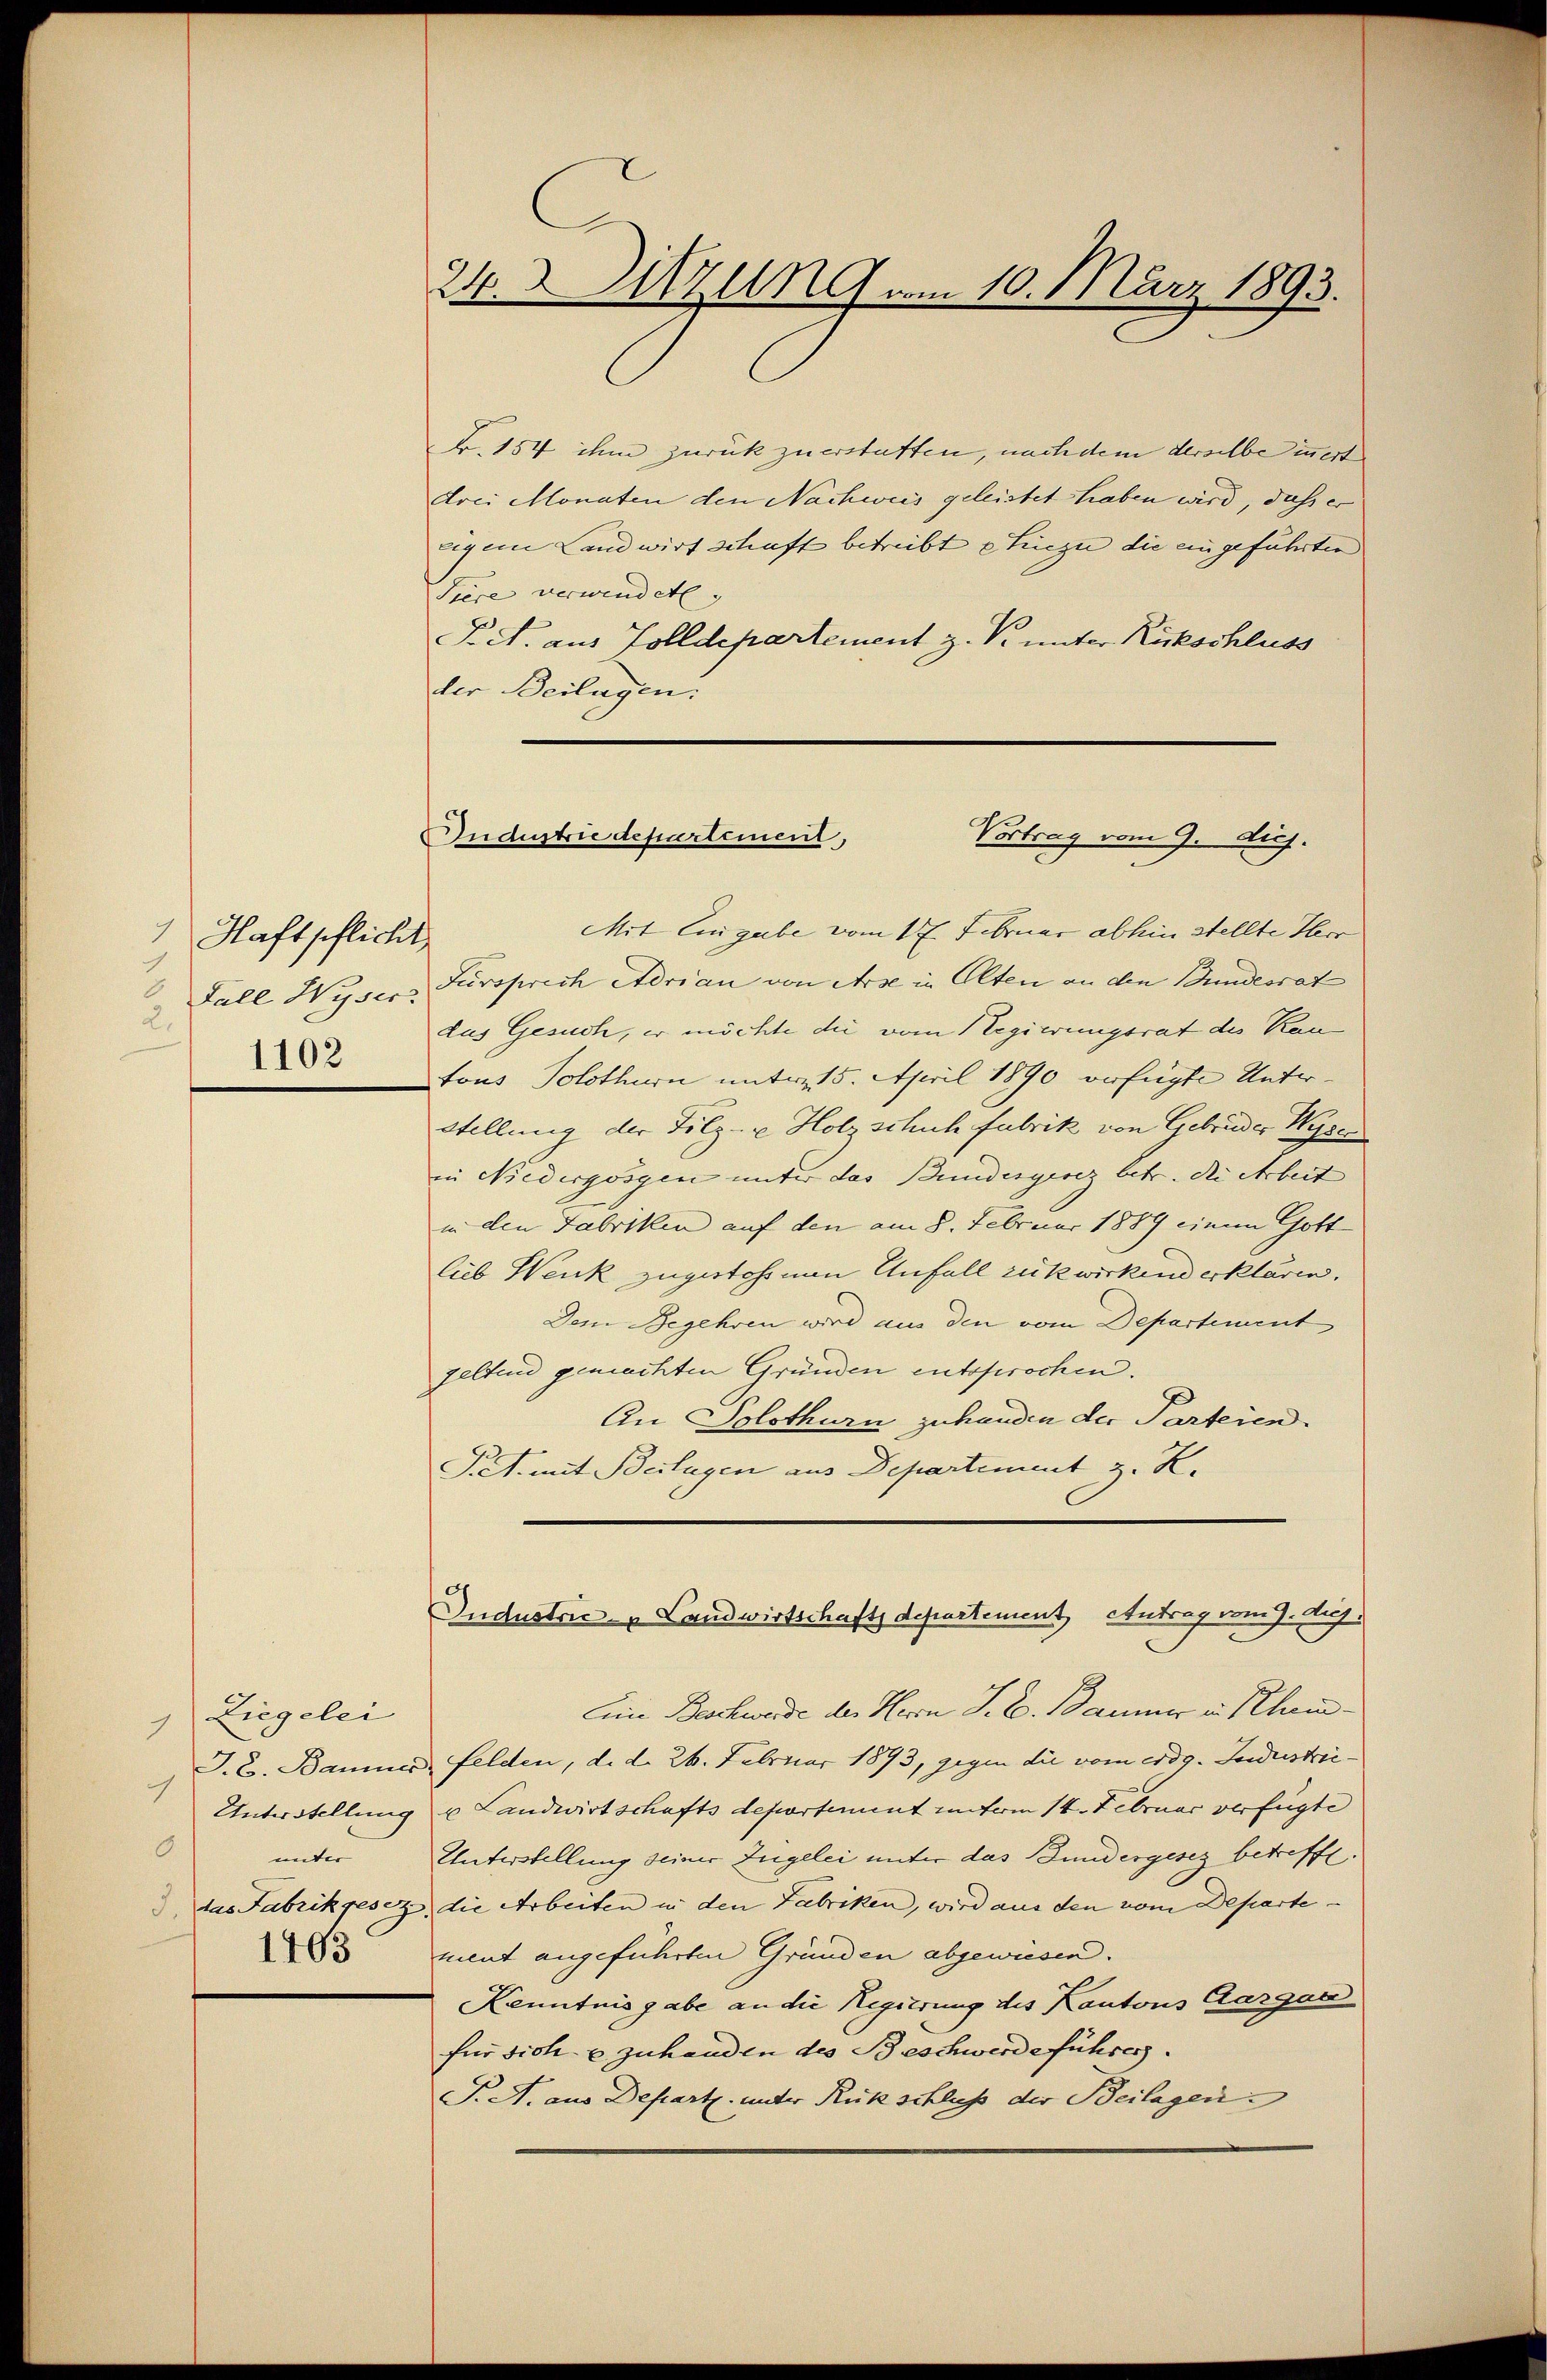
1 Haftpflicht
2.
1102

Ziegelei
1
0
unter
1403

24.2 Uzung am 10. März 1893.

k. 154 ihm zurück zuerstatten, nach dem derselbe innert
drei Monaten den Nachweis geleistet haben wird, daß er
igem Landwirt schaft betreibt hiezu die eingeführten
Tiere verwendet.
Pct. aus Zolldepartement z. Pr. unter Rückschluss
der Beilagen:

Industrie departement,
Vortrag vom 9. diej

Mit Eingabe vom 17. Februar abhin stellte Herr
Fall Wyser Fürsprech Adrian von Arse in Olten an den Bundesrat
dus Gesuch, er möchte die vom Regierungsrat des Kantous Solothurn unter 15. April 1890 verfügte Unter¬
Stellung der Filz- u Holz schuh fabrik von Gebrüder Wesen
in Niedergossen unter das Bundesgesez betr. die Arbeit
in den Fabriken auf den am 8. Februar 1889 einem Gott
lieb Wenk zugestohrnen Anfall rükwirkend erklären.
Dem Begehren wird aus den vom Departement
geltend gemachten Gründen entsprochen.
An Solothurn zuhanden der Parteien.
Pret. mit Beilagen aus Departiment z. K.

Industrie- & Landwirtschafts departement Antrag vom 9. Aug.

Ein Beschwerde der Herrn J. E. Baumer in Schei¬
J. C. Bammer, Felden, d. d. 26. Februar 1893, gegen die vom eidg. Industrei¬
Unterstellung u Landwirtschafts deportement unterm 14. Februar verfügte
Unterstellung seiner Zugelei unter das Bundergesez betreffe.
3, das Fabrikgesez die Arbeiten in den Fabriken, wird aus den vom Departe
ment angeführten Gründen abgewiesen.
Kenntnis gabe an die Regierung des Kantons Aargau
für sich & zuhanden des Beschwerdeführer.
T. A. aus Depart. unter Rückschluß der Beilagen: